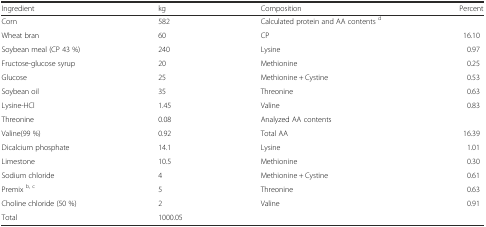
<table><thead><tr><td><b>Ingredient</b></td><td><b>kg</b></td><td><b>Composition</b></td><td><b>Percent</b></td></tr></thead><tbody><tr><td>Corn</td><td>582</td><td>Calculated protein and AA contents <sup>d</sup></td><td></td></tr><tr><td>Wheat bran</td><td>60</td><td>CP</td><td>16.10</td></tr><tr><td>Soybean meal (CP 43 %)</td><td>240</td><td>Lysine</td><td>0.97</td></tr><tr><td>Fructose-glucose syrup</td><td>20</td><td>Methionine</td><td>0.25</td></tr><tr><td>Glucose</td><td>25</td><td>Methionine + Cystine</td><td>0.53</td></tr><tr><td>Soybean oil</td><td>35</td><td>Threonine</td><td>0.63</td></tr><tr><td>Lysine-HCl</td><td>1.45</td><td>Valine</td><td>0.83</td></tr><tr><td>Threonine</td><td>0.08</td><td>Analyzed AA contents</td><td></td></tr><tr><td>Valine(99 %)</td><td>0.92</td><td>Total AA</td><td>16.39</td></tr><tr><td>Dicalcium phosphate</td><td>14.1</td><td>Lysine</td><td>1.01</td></tr><tr><td>Limestone</td><td>10.5</td><td>Methionine</td><td>0.30</td></tr><tr><td>Sodium chloride</td><td>4</td><td>Methionine + Cystine</td><td>0.61</td></tr><tr><td>Premix <sup>b, c</sup></td><td>5</td><td>Threonine</td><td>0.63</td></tr><tr><td>Choline chloride (50 %)</td><td>2</td><td>Valine</td><td>0.91</td></tr><tr><td>Total</td><td>1000.05</td><td></td><td></td></tr></tbody></table>